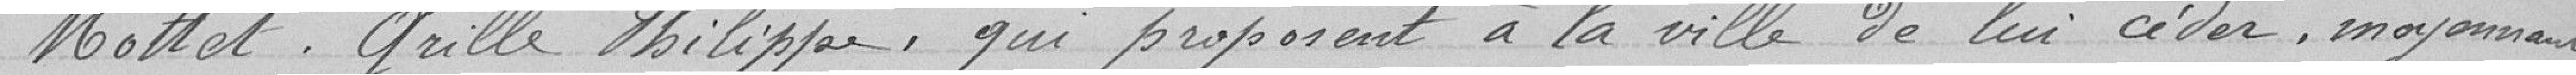
Mottet, Grille Philippe, qui proposent à la ville de lui céder, moyennant